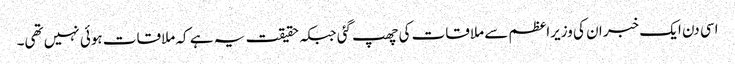
اسی دن ایک خبر ان کی وزیراعظم سے ملاقات کی چھپ گئی جبکہ حقیقت یہ ہے کہ ملاقات ہوئی نہیں تھی۔